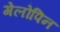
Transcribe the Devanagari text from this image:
गेलोपिन